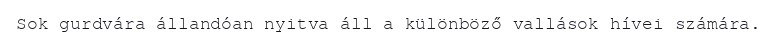
Sok gurdvára állandóan nyitva áll a különböző vallások hívei számára.